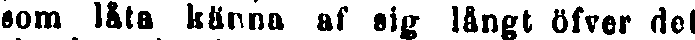
som låta känna af sig långt öfver det